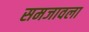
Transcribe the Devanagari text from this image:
समजावला